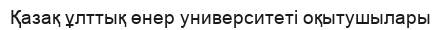
Қазақ ұлттық өнер университеті оқытушылары